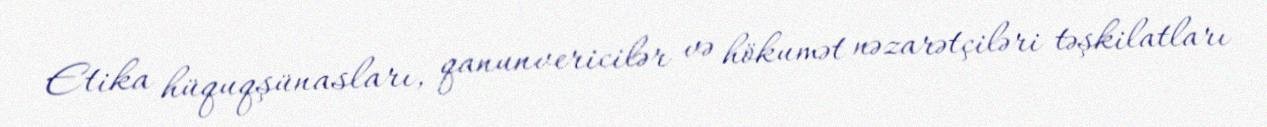
Etika hüquqşünasları, qanunvericilər və hökumət nəzarətçiləri təşkilatları